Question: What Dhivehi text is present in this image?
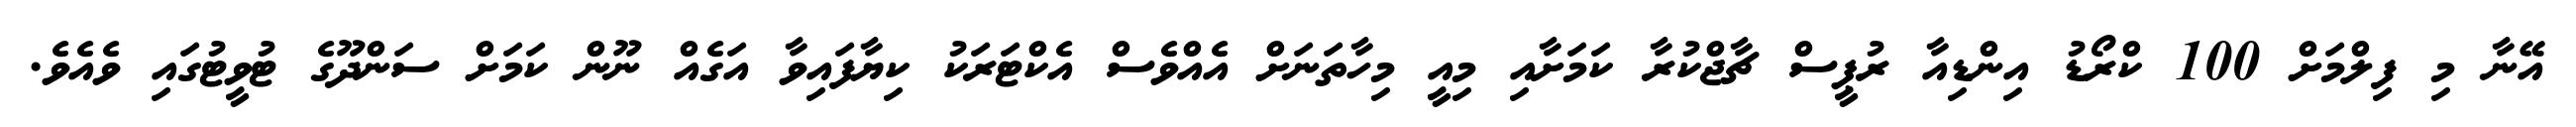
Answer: އޭނާ މި ފިލްމަށް 100 ކްރޯޑު އިންޑިއާ ރުޕީސް ޗާޖްކުރާ ކަމަށާއި މިއީ މިހާތަނަށް އެއްވެސް އެކްޓަރަކު ކިޔާފައިވާ އަގެއް ނޫން ކަމަށް ސަންދޫގެ ޓުވީޓުގައި ވެއެވެ.